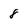
Character: 8